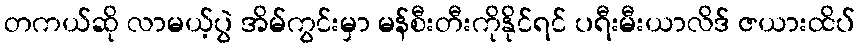
တကယ်ဆို လာမယ့်ပွဲ အိမ်ကွင်းမှာ မန်စီးတီးကိုနိုင်ရင် ပရီးမီးယာလိဒ် ဇယားထိပ်